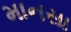
માનસા